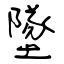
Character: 墜